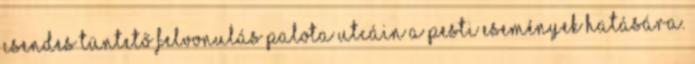
Csendes tüntető felvonulás Palota utcáin a pesti események hatására.